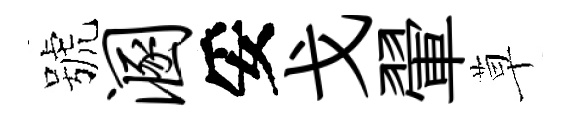
號溷妥戈翬草